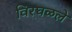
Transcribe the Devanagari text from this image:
विरघळले